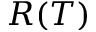
R ( T )